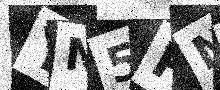
Text: YN5PNK